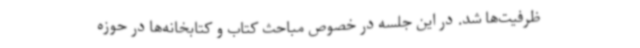
ظرفیت‌ها شد. در این جلسه در خصوص مباحث کتاب و کتابخانه‌ها در حوزه